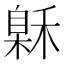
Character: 𰨲